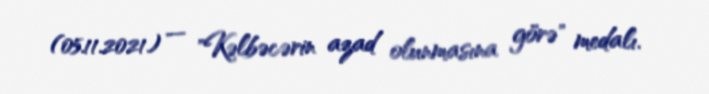
(05.11.2021) — "Kəlbəcərin azad olunmasına görə" medalı.